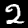
Digit: 2